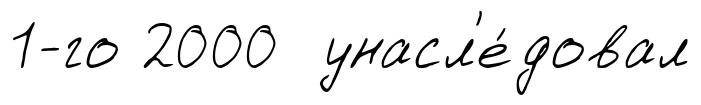
1-го 2000 унасл'е́довал